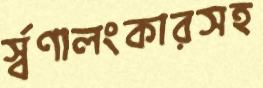
র্স্বণালংকারসহ